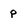
Character: p